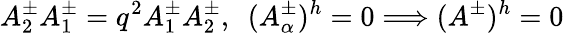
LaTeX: A_{2}^{\pm}A_{1}^{\pm}=q^{2}A_{1}^{\pm}A_{2}^{\pm},\ \ (A_{\alpha}^{\pm})^{h}=0\Longrightarrow(A^{\pm})^{h}=0